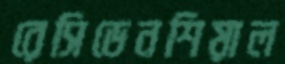
রেসিডেনশিয়াল